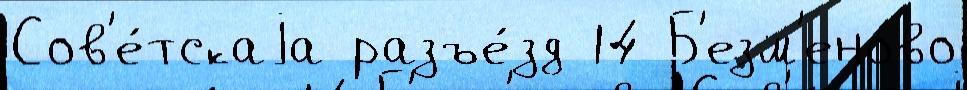
Сов'е́тскаjа разъе́зд 14 Б'езм'еново